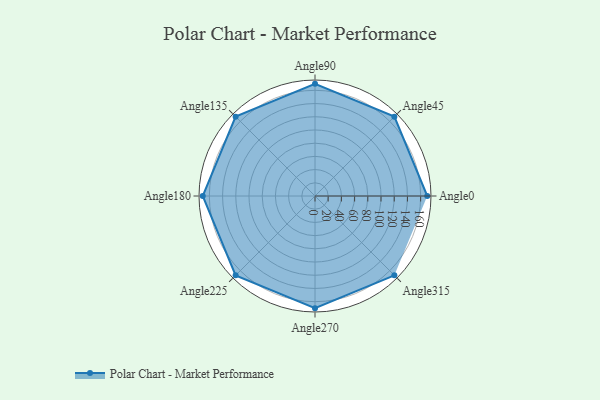
{"axis": {"x": "Angle", "y": "Radius"}, "legend": [""], "data": [{"x": "Angle0", "y": 170, "type": ""}, {"x": "Angle45", "y": 170, "type": ""}, {"x": "Angle90", "y": 170, "type": ""}, {"x": "Angle135", "y": 170, "type": ""}, {"x": "Angle180", "y": 170, "type": ""}, {"x": "Angle225", "y": 170, "type": ""}, {"x": "Angle270", "y": 170, "type": ""}, {"x": "Angle315", "y": 170, "type": ""}]}